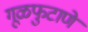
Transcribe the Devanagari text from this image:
गूळफुटाणे